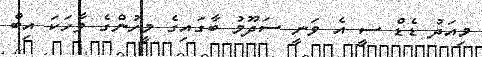
މިއަދު ޑެޑް ސީ އެ ވަނީ ސަދޫމު ބާގައިގެ މީހުންގެ ވާހަކަ އިބް